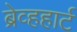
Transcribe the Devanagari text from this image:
ब्रेव्हहार्ट